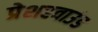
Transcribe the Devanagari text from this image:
प्रेशरवाउंड